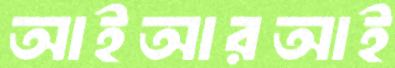
আইআরআই